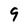
Character: 9